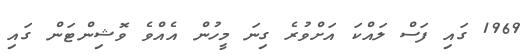
1969 ގައި ފަސް ލައްކަ އަށްވުރެ ގިނަ މީހުން އެއްވެ ވޮޝިންޓަން ގައި